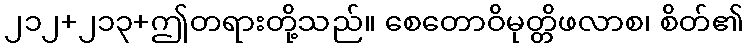
၂၁၂+၂၁၃+ဤတရားတို့သည်။ စေတောဝိမုတ္တိဖလာစ၊ စိတ်၏